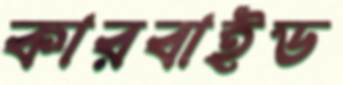
কারবাইড